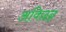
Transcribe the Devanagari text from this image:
अविछन्न